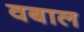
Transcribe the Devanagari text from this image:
वबाल